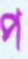
প